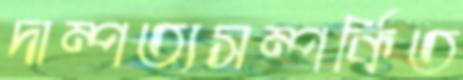
দাম্পত্যসম্পর্কিত